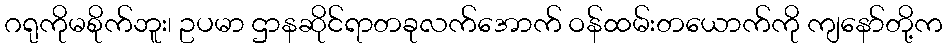
ဂရုကိုမစိုက်ဘူး၊ ဥပမာ ဌာနဆိုင်ရာတခုလက်အောက် ဝန်ထမ်းတယောက်ကို ကျနော်တို့က